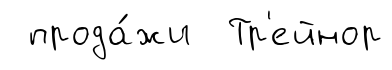
прода́жи Тр'ейнор